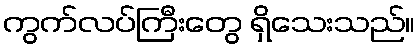
ကွက်လပ်ကြီးတွေ ရှိသေးသည်။